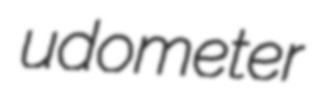
udometer